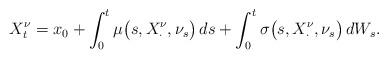
LaTeX: \begin{align*} X^{\nu}_t = x_0 + \int_0^t \mu\bigl(s, X^{\nu}_{\cdot},\nu_s\bigr) \,ds + \int_0^t \sigma\bigl(s, X^{\nu}_{\cdot}, \nu_s\bigr)\,dW_s.\end{align*}